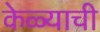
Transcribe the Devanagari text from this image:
केळ्याची